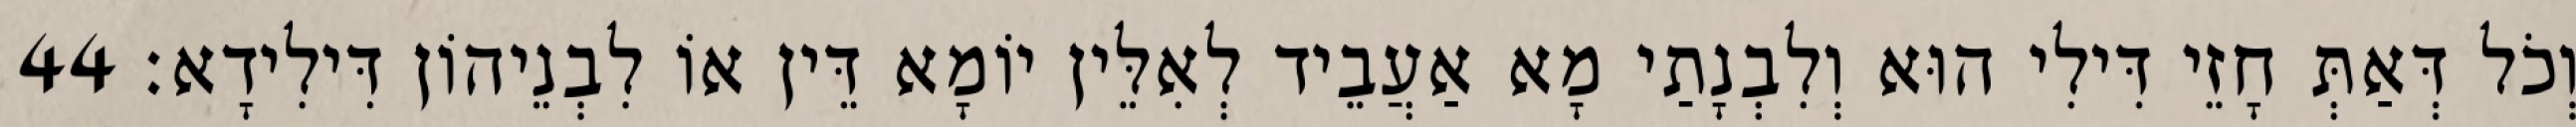
וְכֹל דְּאַתְּ חָזֵי דִּילִי הוּא וְלִבְנָתַי מָא אַעֲבֵיד לְאִלֵּין יוֹמָא דֵּין אוֹ לִבְנֵיהוֹן דִּילִידָא׃ 44